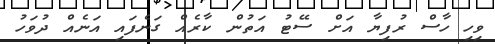
ވިހި ހާސް ރުފިޔާ އަށް ސޭޓު އަތުން ކާރެއް ގަނެފައި އަނެއް ދުވަހު